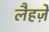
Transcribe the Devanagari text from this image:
लैहज़े